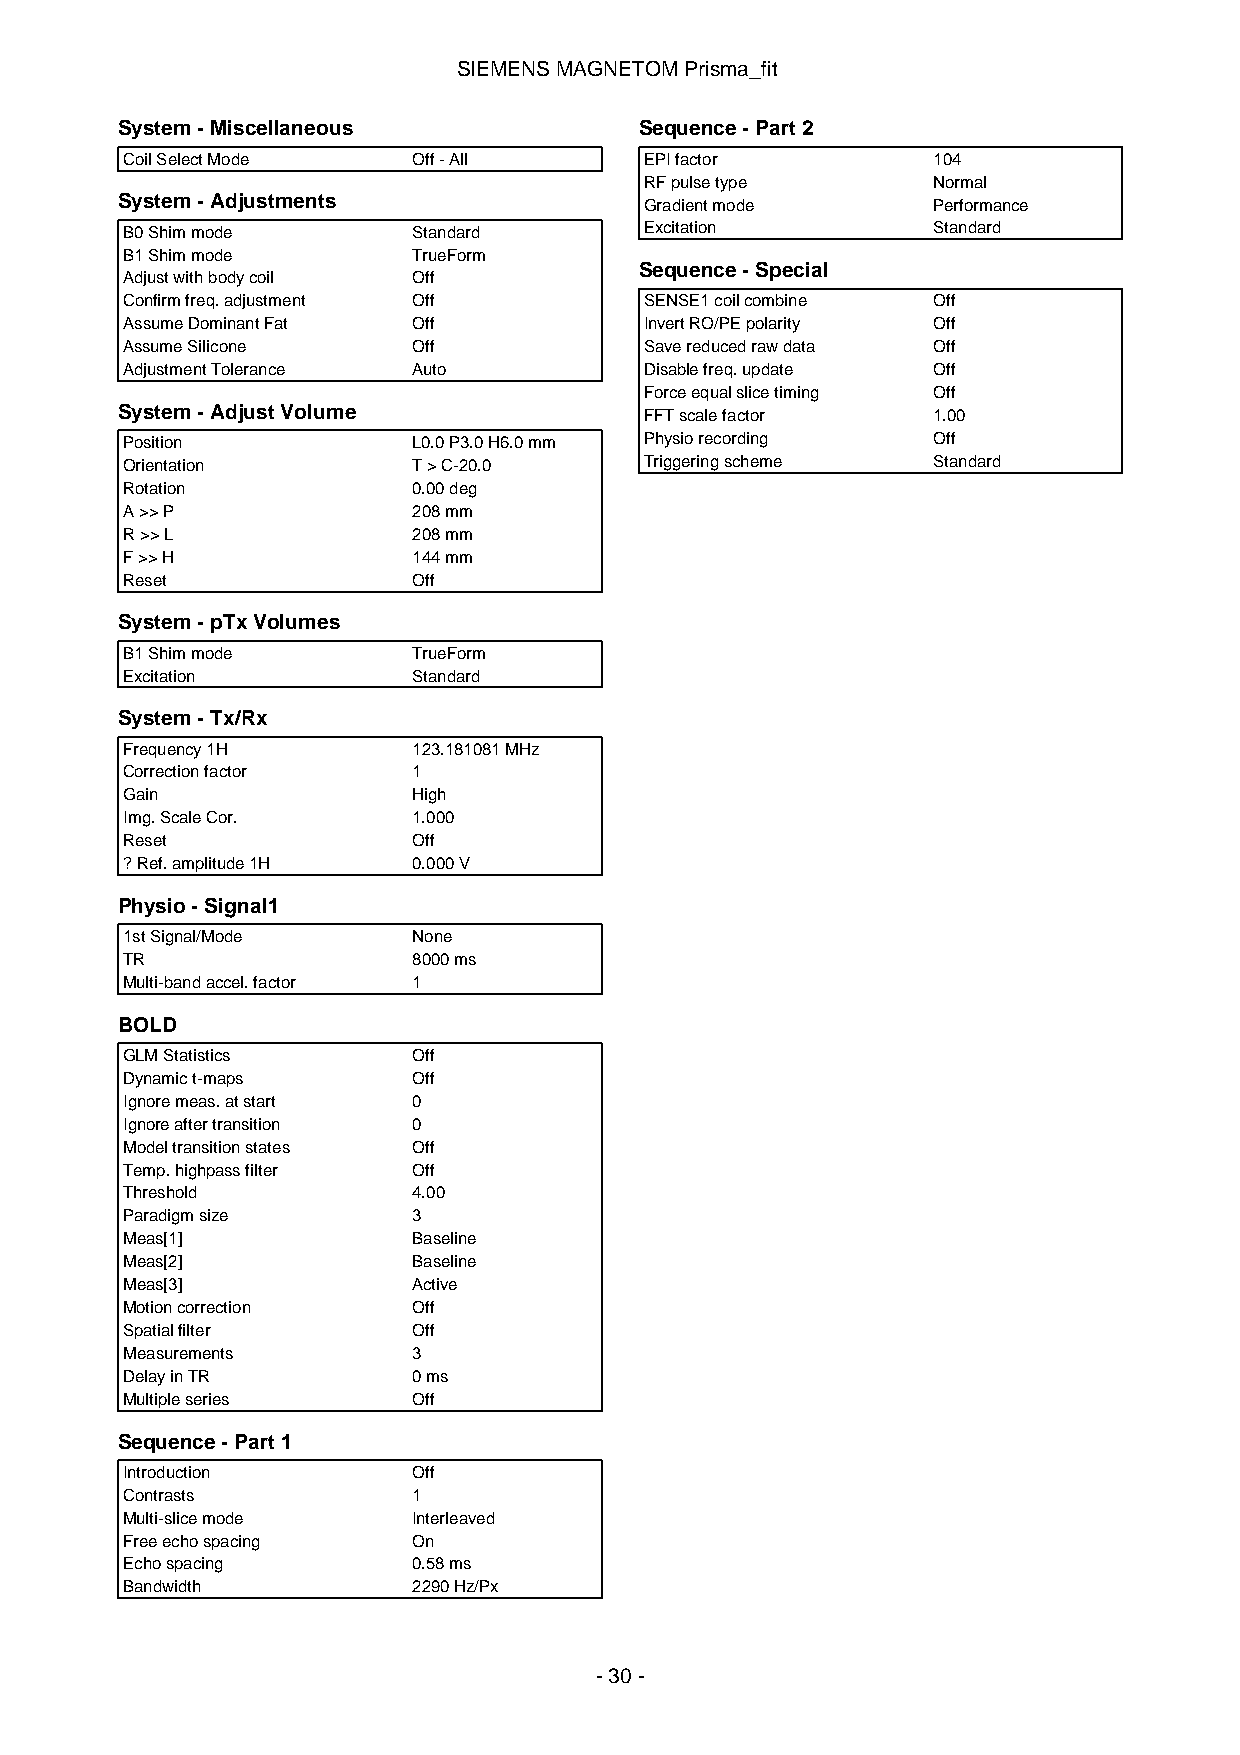
SIEMENSMAGNETOMPrisma_fit
 System-Miscellaneous              Sequence-Part2
 CoilSelectMode     Off-All         EPIfactor          104
 RFpulsetype        Normal
 System-Adjustments                 Gradientmode       Performance
 B0Shimmode         Standard        Excitation         Standard
 B1Shimmode         TrueForm
 Sequence-Special
 Adjustwithbodycoil Off
 Confirmfreq.adjustment Off         SENSE1coilcombine  Off
 AssumeDominantFat  Off             InvertRO/PEpolarity Off
 AssumeSilicone     Off             Savereducedrawdata Off
 AdjustmentTolerance Auto           Disablefreq.update Off
 Forceequalslicetiming Off
 System-AdjustVolume                FFTscalefactor     1.00
 Position           L0.0P3.0H6.0mm  Physiorecording    Off
 Orientation        T>C-20.0        Triggeringscheme   Standard
 Rotation           0.00deg
 A>>P               208mm
 R>>L               208mm
 F>>H               144mm
 Reset              Off
 System-pTxVolumes
 B1Shimmode         TrueForm
 Excitation         Standard
 System-Tx/Rx
 Frequency1H        123.181081MHz
 Correctionfactor   1
 Gain               High
 Img.ScaleCor.      1.000
 Reset              Off
 ?Ref.amplitude1H   0.000V
 Physio-Signal1
 1stSignal/Mode     None
 TR                 8000ms
 Multi-bandaccel.factor 1
 BOLD
 GLMStatistics      Off
 Dynamict-maps      Off
 Ignoremeas.atstart 0
 Ignoreaftertransition 0
 Modeltransitionstates Off
 Temp.highpassfilter Off
 Threshold          4.00
 Paradigmsize       3
 Meas[1]            Baseline
 Meas[2]            Baseline
 Meas[3]            Active
 Motioncorrection   Off
 Spatialfilter      Off
 Measurements       3
 DelayinTR          0ms
 Multipleseries     Off
 Sequence-Part1
 Introduction       Off
 Contrasts          1
 Multi-slicemode    Interleaved
 Freeechospacing    On
 Echospacing        0.58ms
 Bandwidth          2290Hz/Px
 -30-